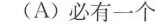
(A)必有一个